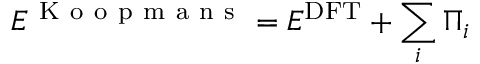
E ^ { \mathrm { ~ K ~ o ~ o ~ p ~ m ~ a ~ n ~ s ~ } } = E ^ { \mathrm { D F T } } + \sum _ { i } \Pi _ { i }